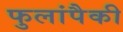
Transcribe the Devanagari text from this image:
फुलांपैकी